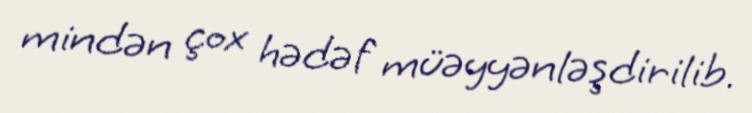
mindən çox hədəf müəyyənləşdirilib.